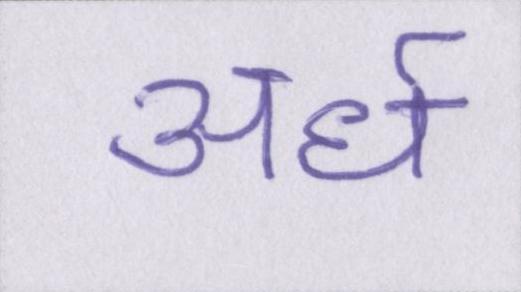
अर्ध